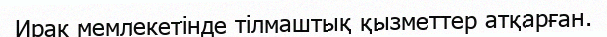
Ирак мемлекетінде тілмаштық қызметтер атқарған.